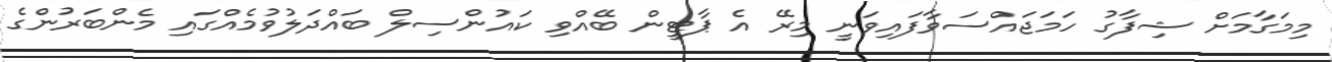
މިމަގާމަށް ޝިފާގު ހަމަޖައްސަވާފައިވަނީ މިރޭ އެ ޕާޓީން ބޭއްވި ކައުންސިލް ބައްދަލުވުމެއްގައި މެންބަރުންގެ